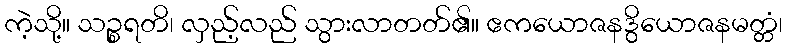
ကဲ့သို့။ သဉ္စရတိ၊ လှည့်လည် သွားလာတတ်၏။ ဧကယောဇနဒွိယောဇနမတ္တံ၊